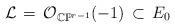
LaTeX: \begin{align*}{\mathcal L}\,=\, {\mathcal O}_{{\mathbb C}{\mathbb P}^{r-1}}(-1)\, \subset\, E_0\end{align*}